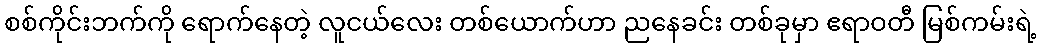
စစ်ကိုင်းဘက်ကို ရောက်နေတဲ့ လူငယ်လေး တစ်ယောက်ဟာ ညနေခင်း တစ်ခုမှာ ဧရာဝတီ မြစ်ကမ်းရဲ့